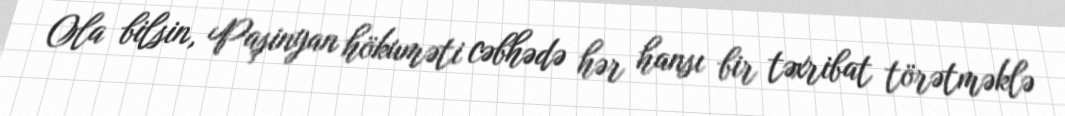
Ola bilsin, Paşinyan hökuməti cəbhədə hər hansı bir təxribat törətməklə